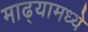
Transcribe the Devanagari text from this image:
माढ्यामध्ये